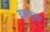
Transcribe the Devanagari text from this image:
वृक्षयुक्त